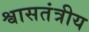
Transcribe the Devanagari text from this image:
श्वासतंत्रीय